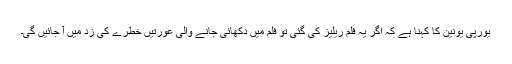
يورپی يونين کا کہنا ہے کہ اگر يہ فلم ريليز کی گئی تو فلم ميں دکھائی جانے والی عورتيں خطرے کی زد ميں آ جائيں گی۔